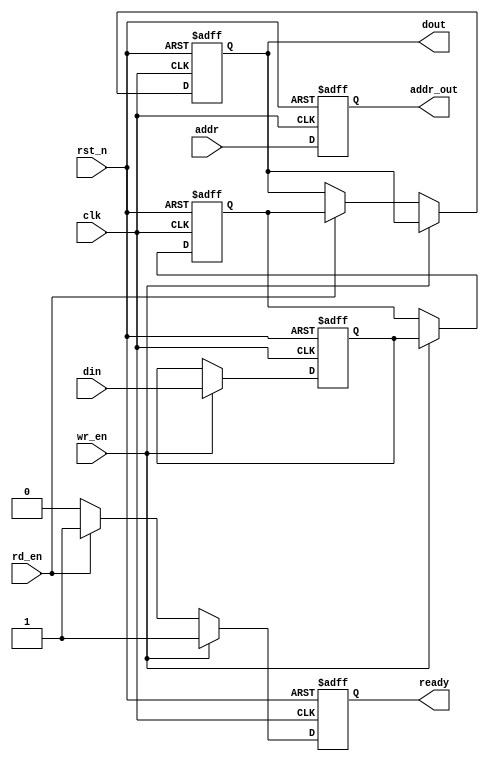
module IO_Block (
    input wire clk,                  // System Clock
    input wire rst_n,                // Reset (active low)
    input wire [DATA_WIDTH-1:0] din, // Data Input
    input wire [ADDR_WIDTH-1:0] addr, // Address Input
    input wire wr_en,                // Write Enable
    input wire rd_en,                // Read Enable
    output reg [DATA_WIDTH-1:0] dout, // Data Output
    output reg ready,                // Ready Flag
    output wire [ADDR_WIDTH-1:0] addr_out // Address Output
);

parameter DATA_WIDTH = 64;          // Example data width
parameter ADDR_WIDTH = 32;          // Example address width

// Internal signals
reg [DATA_WIDTH-1:0] input_buffer;  // Input Buffer
reg [DATA_WIDTH-1:0] output_buffer; // Output Buffer
reg [ADDR_WIDTH-1:0] address_reg;    // Address Register

// Input Buffer Logic
always @(posedge clk or negedge rst_n) begin
    if (!rst_n) begin
        input_buffer <= 0;
    end else if (wr_en) begin
        input_buffer <= din; // Capture incoming data
    end
end

// Control Logic
always @(posedge clk or negedge rst_n) begin
    if (!rst_n) begin
        ready <= 0;
        dout <= 0;
        address_reg <= 0;
    end else begin
        if (wr_en) begin
            // Perform write operation
            ready <= 1; // Indicate ready state
        end else if (rd_en) begin
            // Perform read operation
            dout <= output_buffer; // Drive data output
            ready <= 1; // Indicate ready state
        end else begin
            ready <= 0; // Reset ready flag
        end
        address_reg <= addr; // Update address register
    end
end

// Output Buffer Logic
always @(posedge clk or negedge rst_n) begin
    if (!rst_n) begin
        output_buffer <= 0;
    end else if (wr_en) begin
        output_buffer <= input_buffer; // Write data to output buffer
    end
end

// Address Output Logic
assign addr_out = address_reg; // Pass the address to output

endmodule